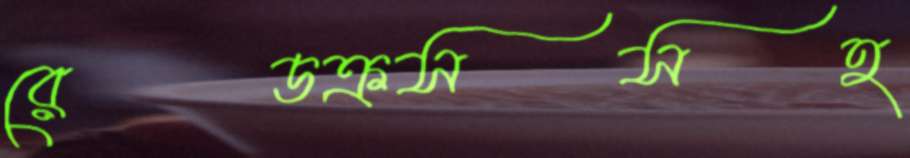
রেডক্রসসহ